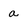
Character: a